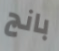
بانج